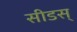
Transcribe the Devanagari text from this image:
सीडस्